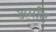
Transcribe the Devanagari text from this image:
अर्मांट